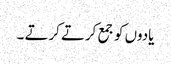
یادوں کو جمع کرتے کرتے ۔